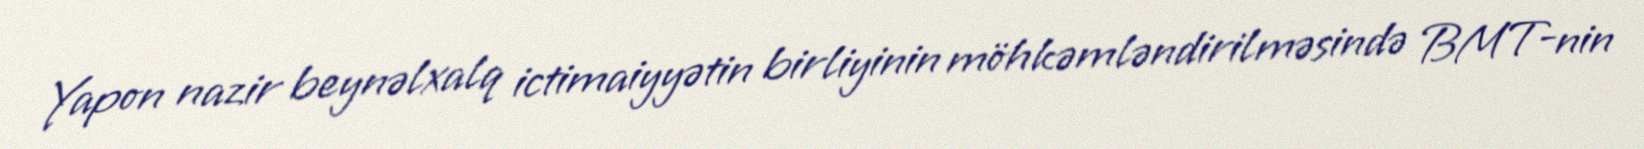
Yapon nazir beynəlxalq ictimaiyyətin birliyinin möhkəmləndirilməsində BMT-nin